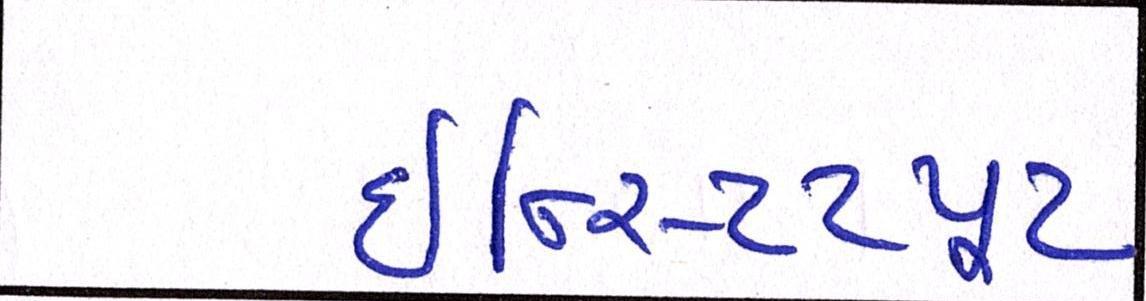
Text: ઈન્સ્ટિટ્યૂટ